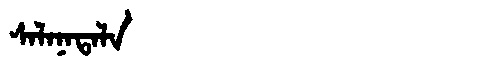
Manchu: ᠰᠠᠯᠠᠨᠠᡨᠠᠯᠠ
Romanization: SALANATALA